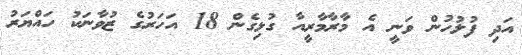
އަދި ފުލުހުން ވަނީ އެ މާރާމާރީއާ ގުޅިގެން 18 އަހަރުގެ ޒުވާނަކު ހައްޔަރު